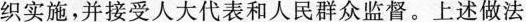
织实施，并接受人大代表和人民群众监督。上述做法